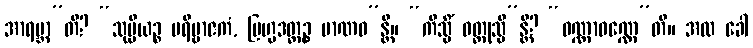
အာရဗ္ဘာ”တိ? “သုပ္ပိယဉ္စ ပရိဗ္ဗာဇကံ, ဗြဟ္မဒတ္တဉ္စ မာဏဝ”န္တိ။ “ကိသ္မိံ ဝတ္ထုသ္မိ”န္တိ? “ဝဏ္ဏာဝဏ္ဏေ”တိ။ အထ ခေါ